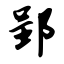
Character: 郢